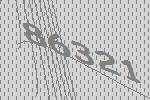
86321